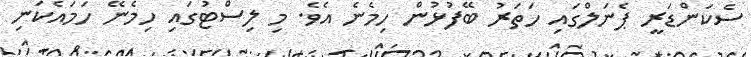
ސެކަންޑަރީ ޕެނަލްގައި ހަތަރު ބޭފުޅުން ހިމެނެ އެވެ. މި ލިސްޓުގައި ހިމެނޭ ހަމައެކަނި